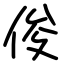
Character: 俊